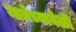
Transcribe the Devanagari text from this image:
यात्रेच्यावेळी